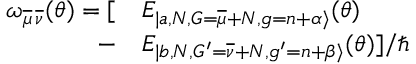
\begin{array} { r l } { \omega _ { \overline { { \mu } } \, \overline { { \nu } } } ( \theta ) = [ } & { { } E _ { | a , N , G = \overline { { \mu } } + N , g = n + \alpha \rangle } ( \theta ) } \\ { - } & { { } E _ { | b , N , G ^ { \prime } = \overline { { \nu } } + N , g ^ { \prime } = n + \beta \rangle } ( \theta ) ] / { \hbar } } \end{array}